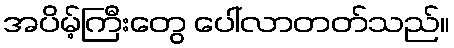
အပိမ့်ကြီးတွေ ပေါ်လာတတ်သည်။